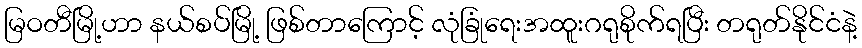
မြဝတီမြို့ဟာ နယ်စပ်မြို့ ဖြစ်တာကြောင့် လုံခြုံရေးအထူးဂရုစိုက်ရပြီး တရုတ်နိုင်ငံနဲ့